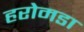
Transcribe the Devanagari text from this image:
हरोमडा